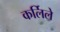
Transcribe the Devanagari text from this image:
कर्लिले